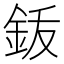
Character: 𬫆